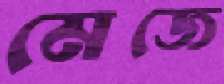
মেজে